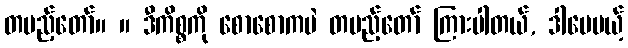
တပည့်တော်။ ။ ဒီကိစ္စကို စောစောကပဲ တပည့်တော် ကြားပါတယ်, ဒါပေမယ့်